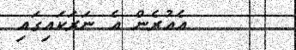
އެއުރެން އެ ނަރަކައިގައި